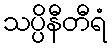
သပ္ပိနီတီရံ